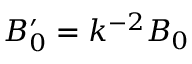
B _ { 0 } ^ { \prime } = k ^ { - 2 } B _ { 0 }